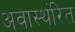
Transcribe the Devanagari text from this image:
अवास्थंरित